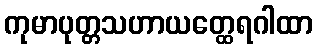
ကုမာပုတ္တသဟာယတ္ထေရဂါထာ